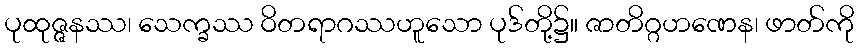
ပုထုဇ္ဇနဿ၊ သေက္ခဿ ဝိတရာဂဿဟူသော ပုဒ်တို့၌။ ဇာတိဂ္ဂဟဏေန၊ ဖာတ်ကို